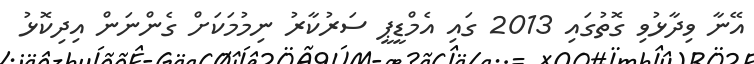
އޭނާ ވިދާޅުވި ގޮތުގައި 2013 ގައި އެމްޑީޕީ ސަރުކާރު ނިމުމަކަށް ގެންނަން އިދިކޮޅު